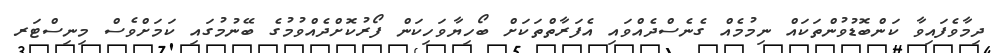
ދިމާވެފައިވާ ކަންބޮޑުވުންތަކައް ނިމުމެއް ގެނެސްދެއްވައި އެފަރާތްތަކަށް ބޯހިޔާވަހިކަން ފޯރުކޮށްދެއްވުމުގެ ބޭނުމުގައި ކަމަށްވެސް މިނިސްޓަރ